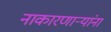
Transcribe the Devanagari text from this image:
नाकारणार्‍यांना